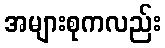
အများစုကလည်း